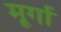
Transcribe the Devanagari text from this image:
मूर्गा